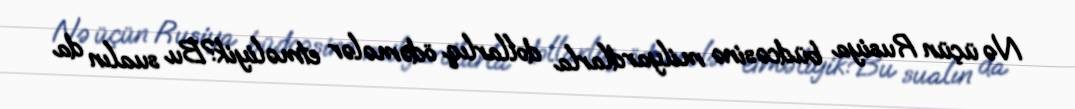
Nə üçün Rusiya büdcəsinə milyardlarla dollarlıq ödəmələr etməliyik?Bu sualın da